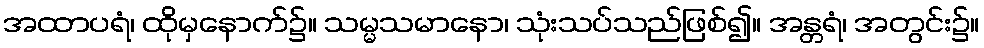
အထာပရံ၊ ထိုမှနောက်၌။ သမ္မသမာနော၊ သုံးသပ်သည်ဖြစ်၍။ အန္တရံ၊ အတွင်း၌။